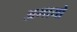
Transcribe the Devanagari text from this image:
अमायो